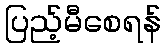
ပြည့်မီစေရန်